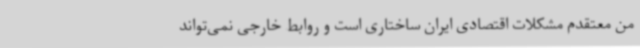
من معتقدم مشکلات اقتصادی ایران ساختاری است و روابط خارجی نمی‌تواند